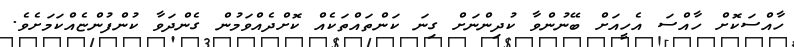
ހާއްސަކޮށް ހާއްސަ އެހީއަށް ބޭނުންވާ ކުދިންނަށް ގިނަ ކަންތައްތަކެއް ކޮށްދެއްވަމުން ގެންދަވާ ކުންފުންޏެއްކަމަށެވެ.